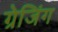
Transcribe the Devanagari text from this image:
ग्रेजिंग